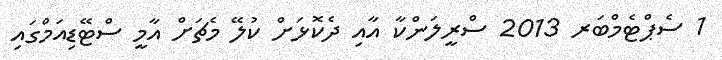
1 ސެޕްޓެމްބަރ 2013 ސްރީލަންކާ އާއި ދެކޮޅަށް ކުލޭ މެޗަށް އާމީ ސްޓޭޑިއަމްގައި